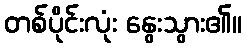
တစ်ပိုင်းလုံး နွေးသွား၏။